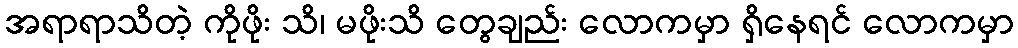
အရာရာသိတဲ့ ကိုဖိုး သိ၊ မဖိုးသိ တွေချည်း လောကမှာ ရှိနေရင် လောကမှာ